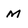
Character: M